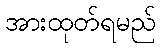
အားထုတ်ရမည်